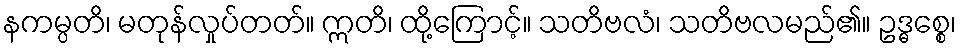
နကမ္ပတိ၊ မတုန်လှုပ်တတ်။ ဣတိ၊ ထို့ကြောင့်။ သတိဗလံ၊ သတိဗလမည်၏။ ဥဒ္ဓစ္စေ၊